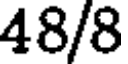
48/8